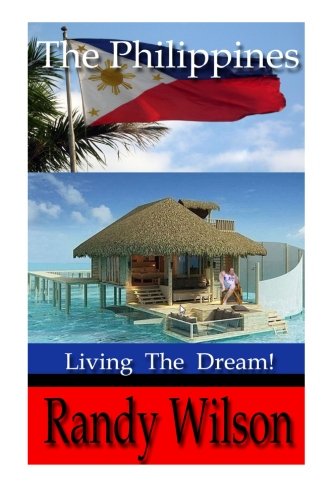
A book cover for The Philippines; Randy Wilson; Travel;